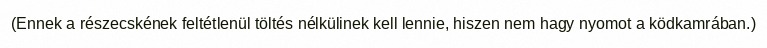
(Ennek a részecskének feltétlenül töltés nélkülinek kell lennie, hiszen nem hagy nyomot a ködkamrában.)